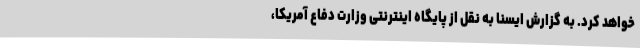
خواهد کرد. به گزارش ایسنا به نقل از پایگاه اینترنتی وزارت دفاع آمریکا،